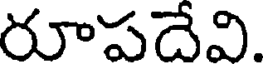
రూపదేవి.